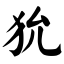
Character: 狁